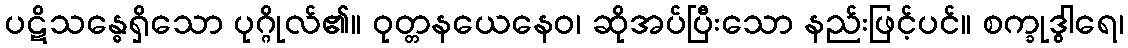
ပဋိသန္ဓေရှိသော ပုဂ္ဂိုလ်၏။ ဝုတ္တနယေနေဝ၊ ဆိုအပ်ပြီးသော နည်းဖြင့်ပင်။ စက္ခုဒွါရေ၊